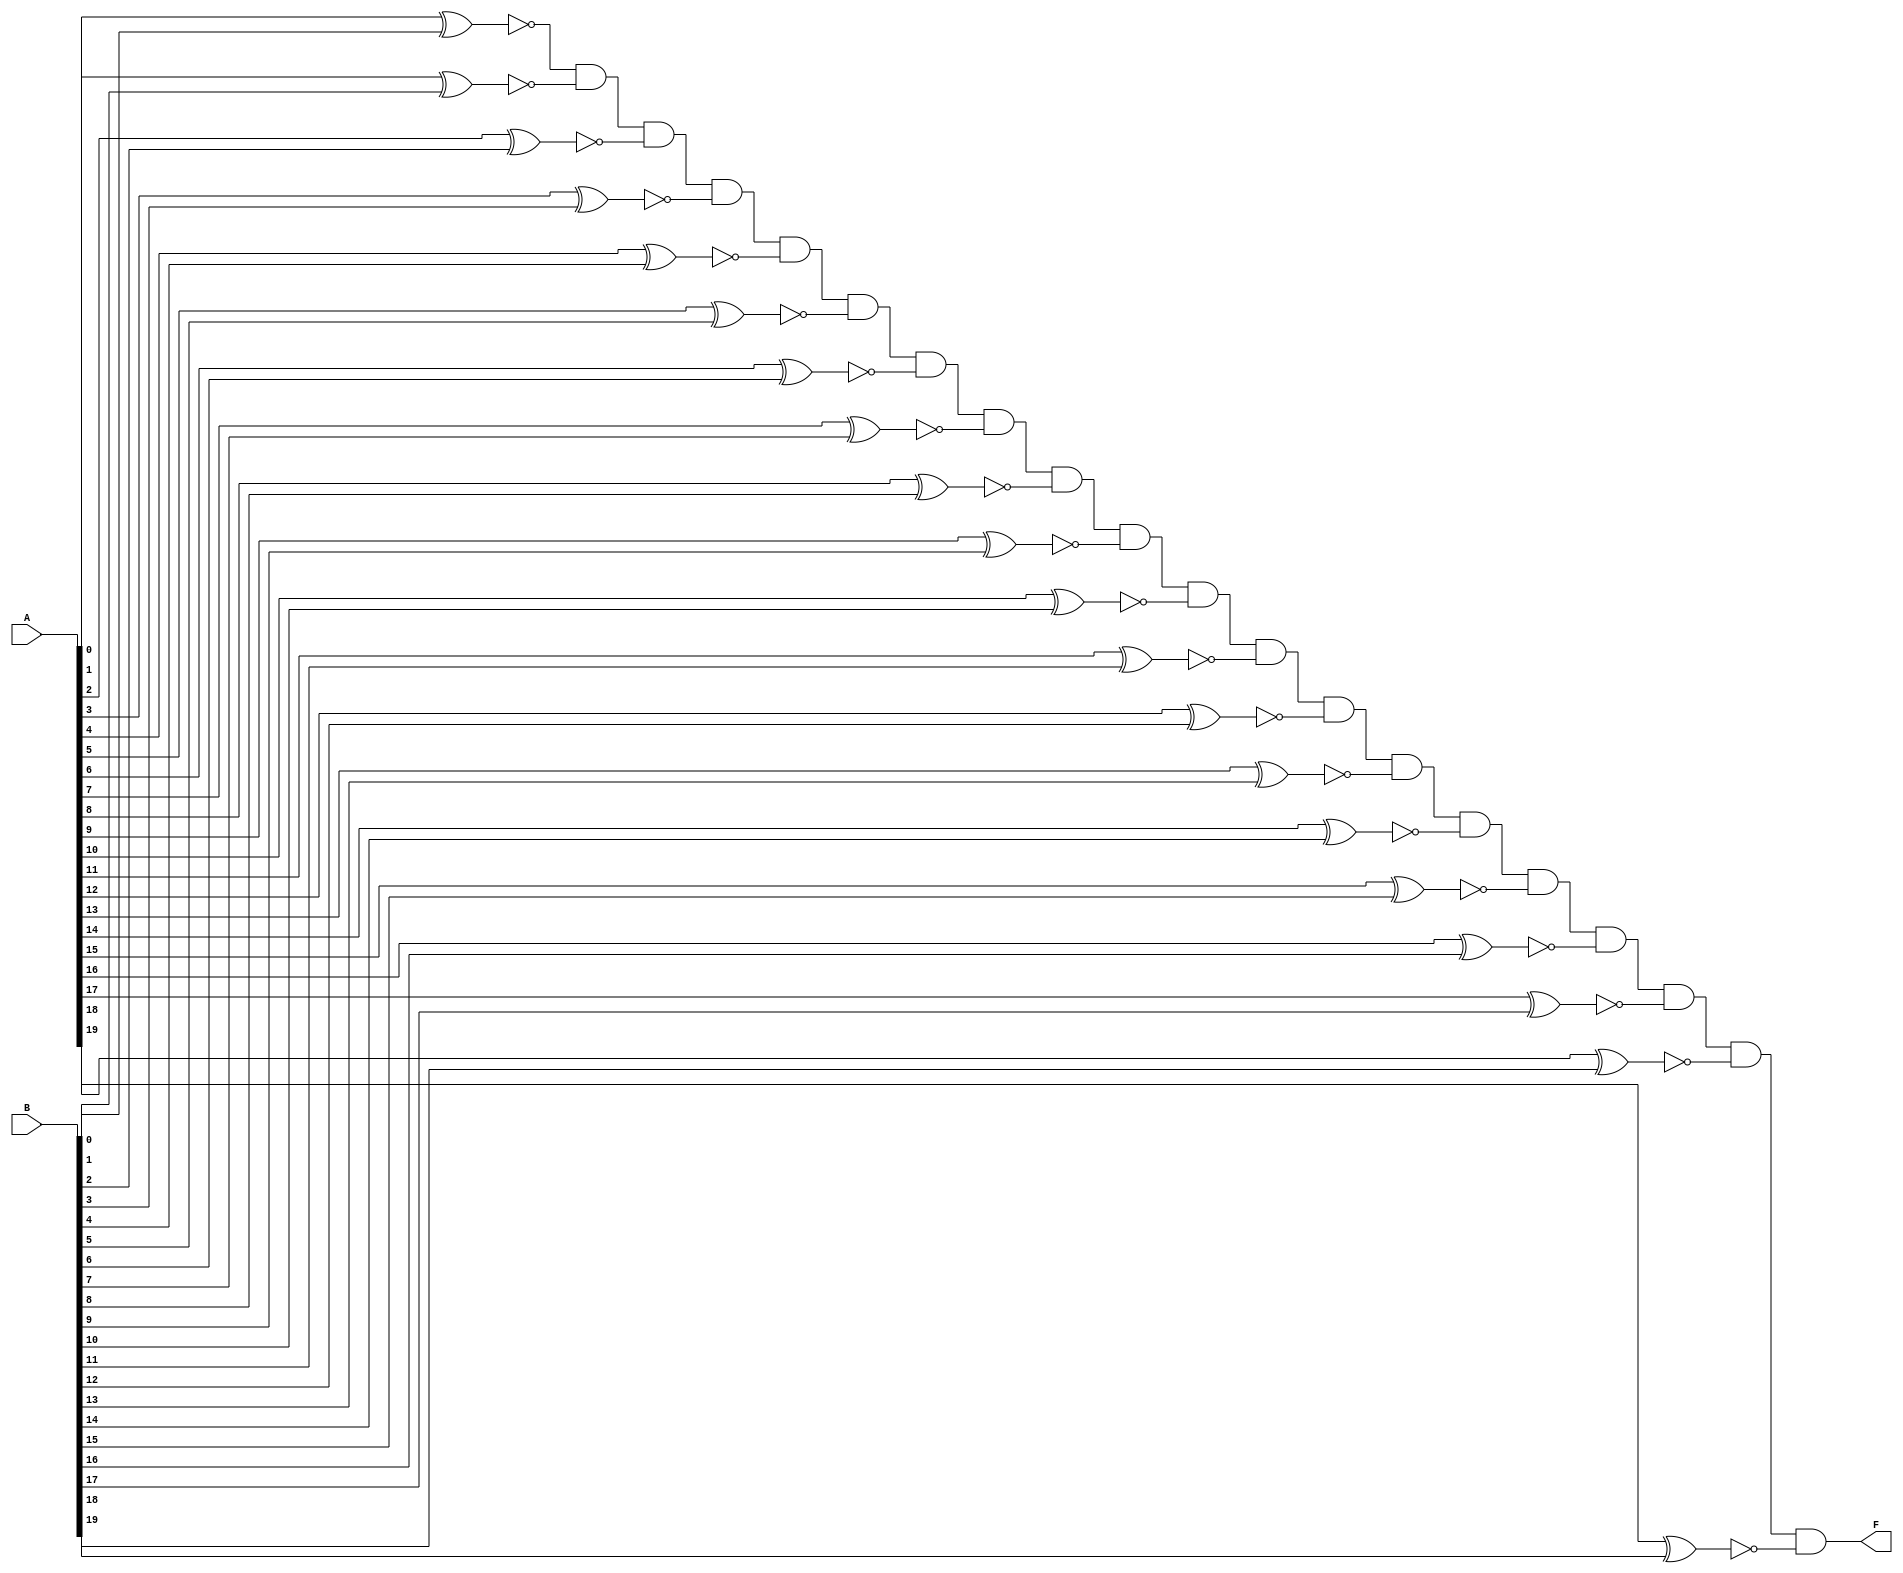
module twentyBitComparitor
(
    input [19:0] A,
    input [19:0] B,
    output F
);

wire [19:0] xnorwire;

xnor xnor1(xnorwire[0], A[0], B[0]);

xnor xnor2(xnorwire[1], A[1], B[1]);

xnor xnor3(xnorwire[2], A[2], B[2]);

xnor xnor4(xnorwire[3], A[3], B[3]);

xnor xnor5(xnorwire[4], A[4], B[4]);

xnor xnor6(xnorwire[5], A[5], B[5]);

xnor xnor7(xnorwire[6], A[6], B[6]);

xnor xnor8(xnorwire[7], A[7], B[7]);

xnor xnor9(xnorwire[8], A[8], B[8]);

xnor xnor10(xnorwire[9], A[9], B[9]);

xnor xnor11(xnorwire[10], A[10], B[10]);

xnor xnor12(xnorwire[11], A[11], B[11]);

xnor xnor13(xnorwire[12], A[12], B[12]);

xnor xnor14(xnorwire[13], A[13], B[13]);

xnor xnor15(xnorwire[14], A[14], B[14]);

xnor xnor16(xnorwire[15], A[15], B[15]);

xnor xnor17(xnorwire[16], A[16], B[16]);

xnor xnor18(xnorwire[17], A[17], B[17]);

xnor xnor19(xnorwire[18], A[18], B[18]);

xnor xnor20(xnorwire[19], A[19], B[19]);

and and1(F, xnorwire[0], xnorwire[1], xnorwire[2], xnorwire[3], xnorwire[4], xnorwire[5], xnorwire[6], xnorwire[7], xnorwire[8], xnorwire[9],xnorwire[10], xnorwire[11], xnorwire[12], xnorwire[13], xnorwire[14], xnorwire[15], xnorwire[16], xnorwire[17], xnorwire[18], xnorwire[19]);

endmodule